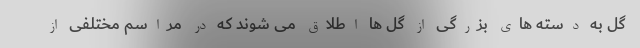
گل به دسته های بزرگی از گل ها اطلاق می شوند که در مراسم مختلفی از